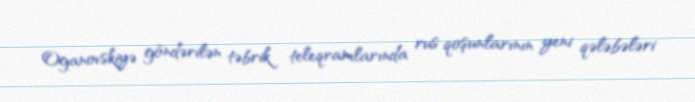
Oganovskiyə göndərilən təbrik teleqramlarında rus qoşunlarının yeni qələbələri